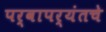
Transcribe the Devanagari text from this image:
पर्वापर्यंतचे